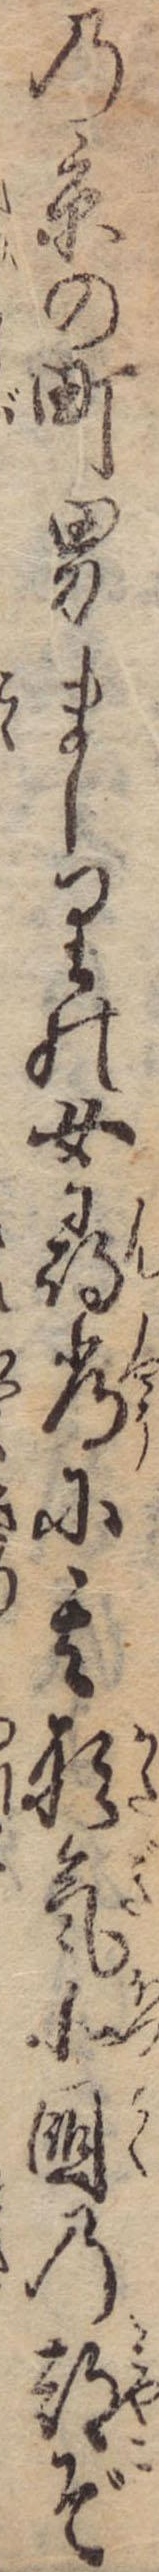
の京の町男ましりの女尋常に其形気北国の都ぞ